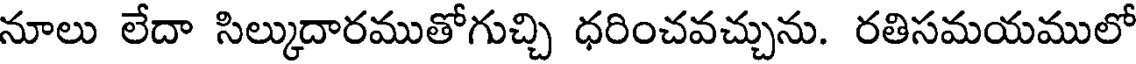
నూలు లేదా సిల్కుదారముతోగుచ్చి ధరించవచ్చును. రతిసమయములో